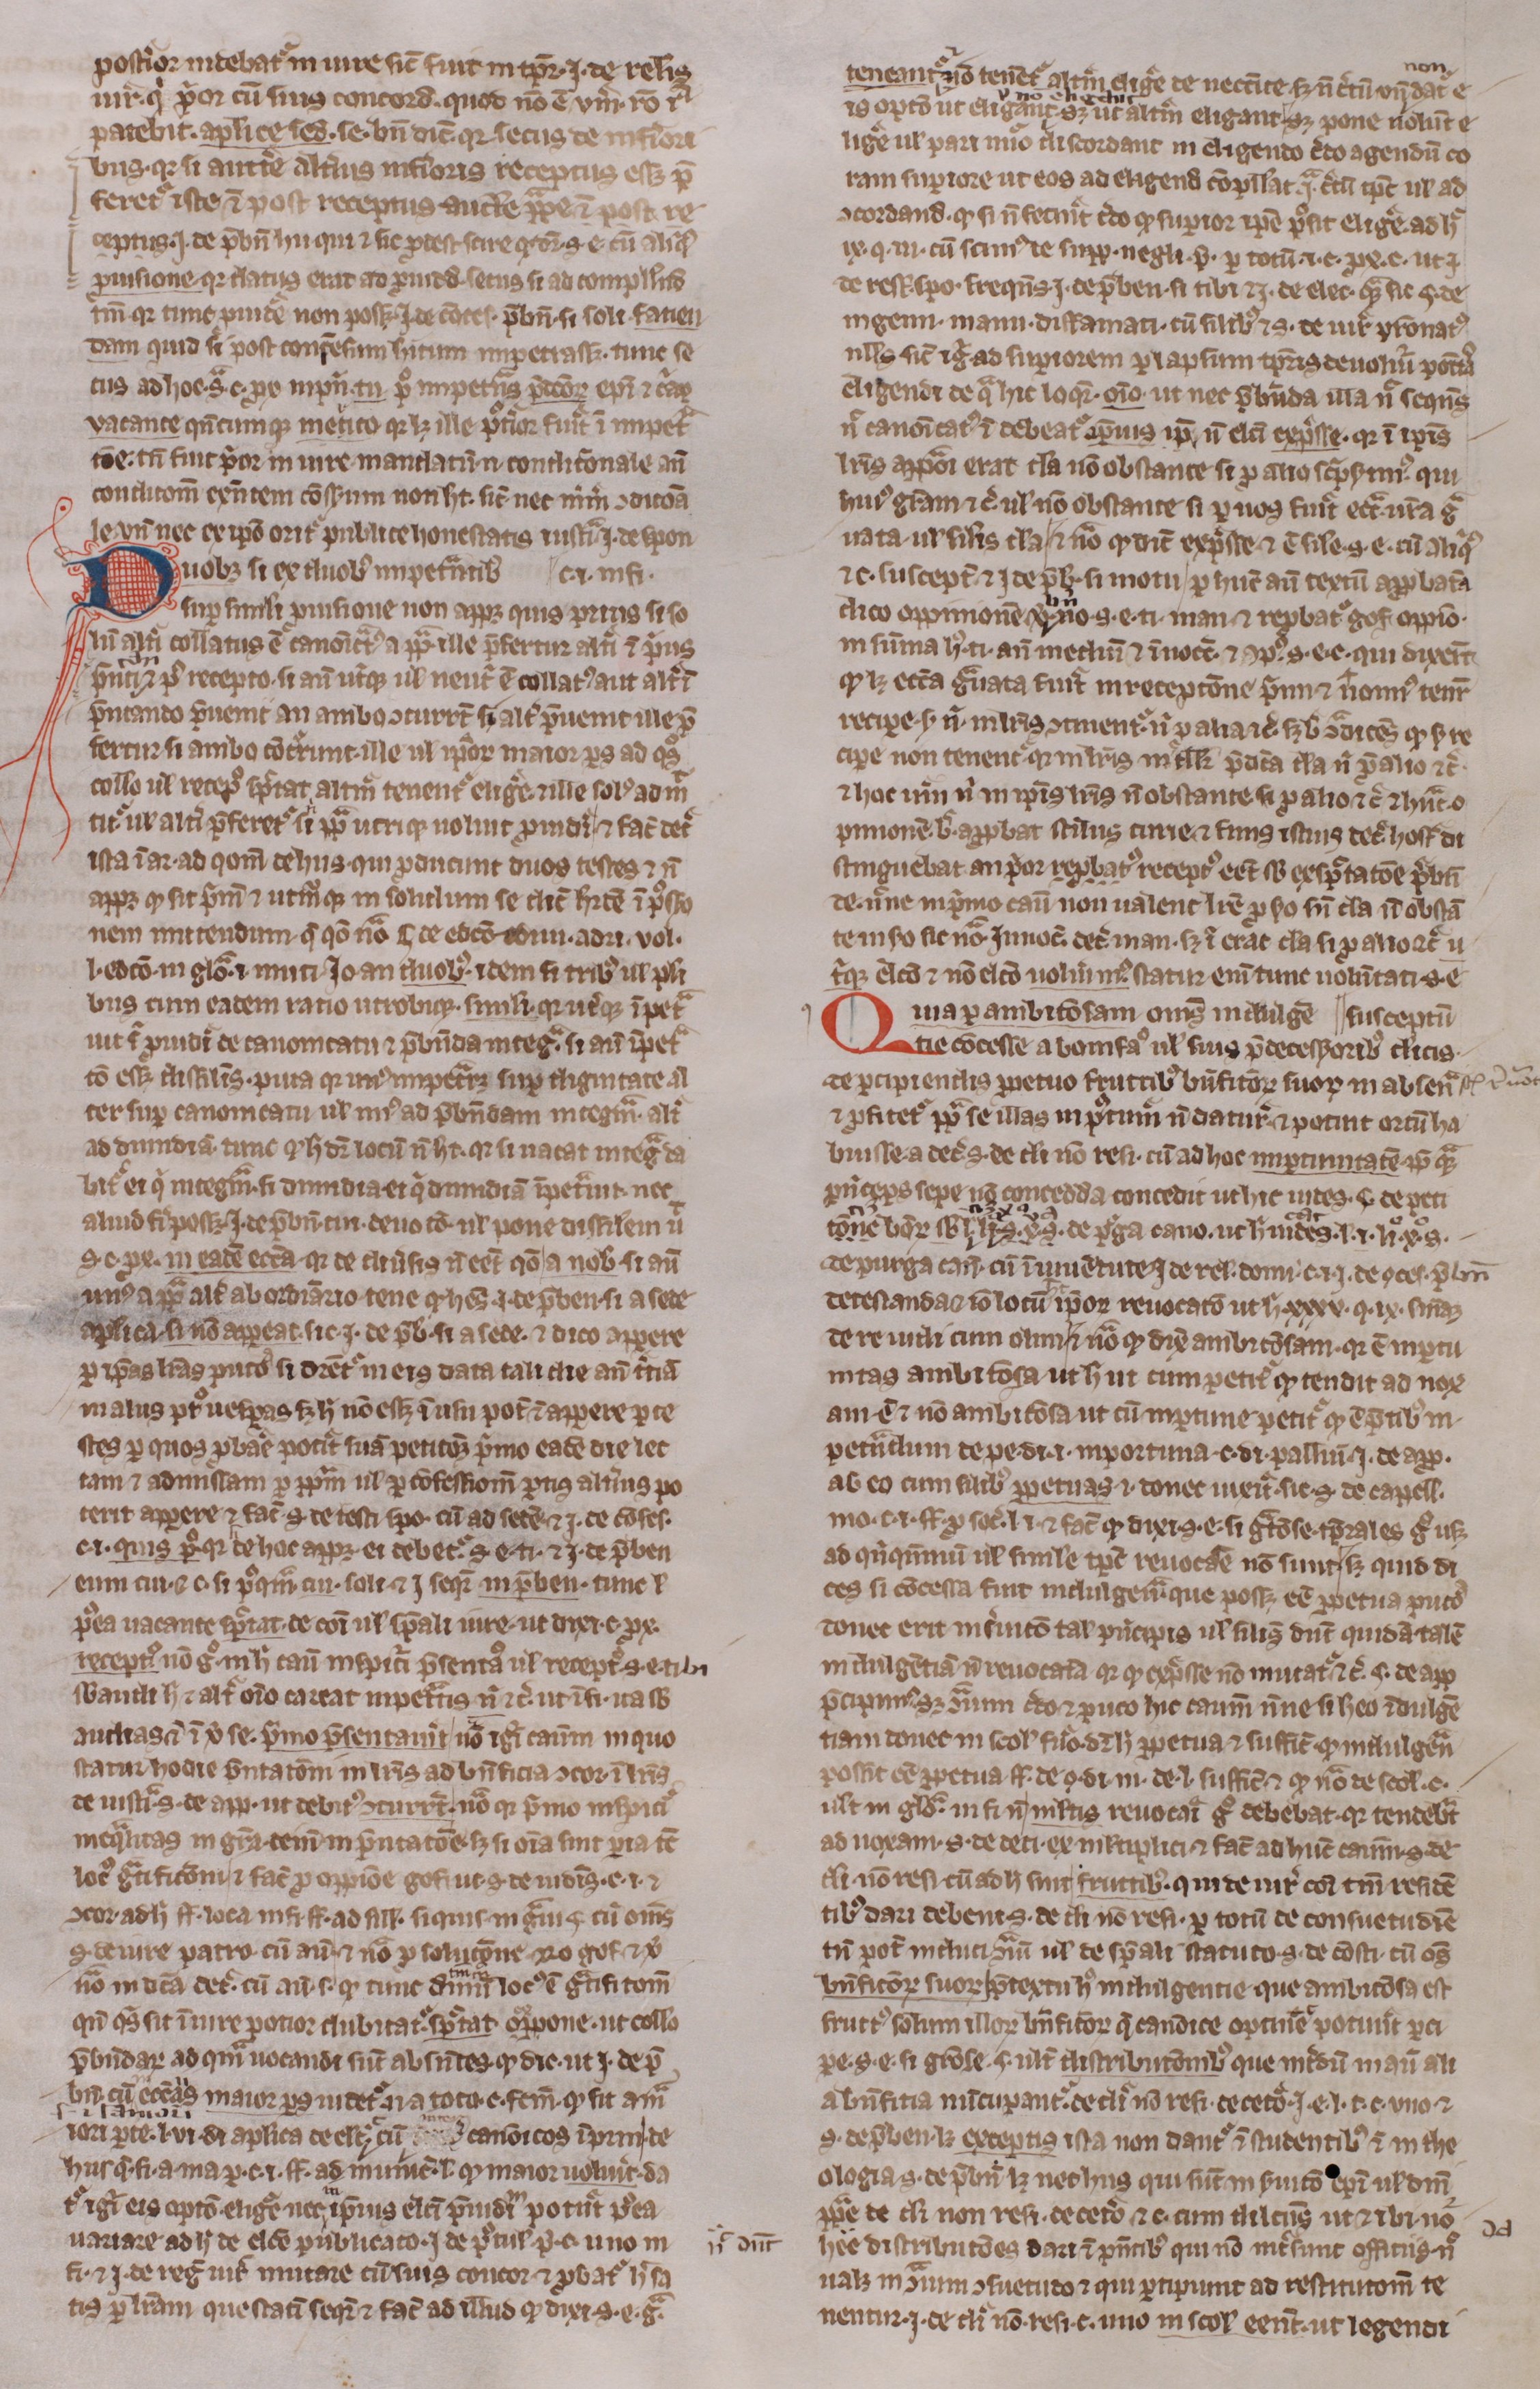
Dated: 1300–1399